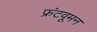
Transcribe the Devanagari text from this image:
फ्रंटवूमन